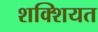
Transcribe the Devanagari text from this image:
शक्शियत